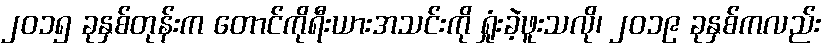
၂၀၁၅ ခုနှစ်တုန်းက တောင်ကိုရီးယားအသင်းကို ရှုံးခဲ့ဖူးသလို၊ ၂၀၁၉ ခုနှစ်ကလည်း